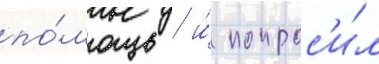
по́мощь / и́ попрос'и́л